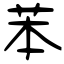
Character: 苯